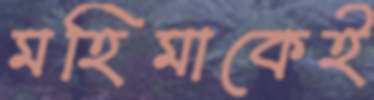
মহিমাকেই